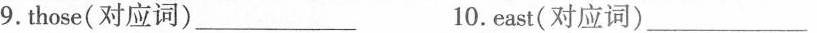
9.those(对应词)___10.east(对应词)___